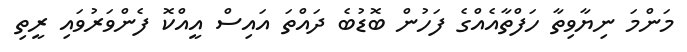
މަންމަ ނިޔާވިތާ ހަފްތާއެއްގެ ފަހުން ބޮޑުބެ ދައްތަ އައިސް އީއްކޮ ފެންވަރުވައި ރީތި